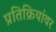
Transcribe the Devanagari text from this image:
प्रतिक्रियांवर